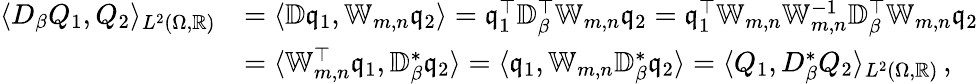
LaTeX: \begin{array}{rl}{\langle D_{\beta}Q_{1},Q_{2}\rangle_{L^{2}(\Omega,\mathbb{R})}}&{=\langle\mathbb{D}\mathfrak{q}_{1},\mathbb{W}_{m,n}\mathfrak{q}_{2}\rangle=\mathfrak{q}_{1}^{\top}\mathbb{D}_{\beta}^{\top}\mathbb{W}_{m,n}\mathfrak{q}_{2}=\mathfrak{q}_{1}^{\top}\mathbb{W}_{m,n}\mathbb{W}_{m,n}^{-1}\mathbb{D}_{\beta}^{\top}\mathbb{W}_{m,n}\mathfrak{q}_{2}}\\ &{=\langle\mathbb{W}_{m,n}^{\top}\mathfrak{q}_{1},\mathbb{D}_{\beta}^{*}\mathfrak{q}_{2}\rangle=\langle\mathfrak{q}_{1},\mathbb{W}_{m,n}\mathbb{D}_{\beta}^{*}\mathfrak{q}_{2}\rangle=\langle Q_{1},D_{\beta}^{*}Q_{2}\rangle_{L^{2}(\Omega,\mathbb{R})}\, ,}\end{array}